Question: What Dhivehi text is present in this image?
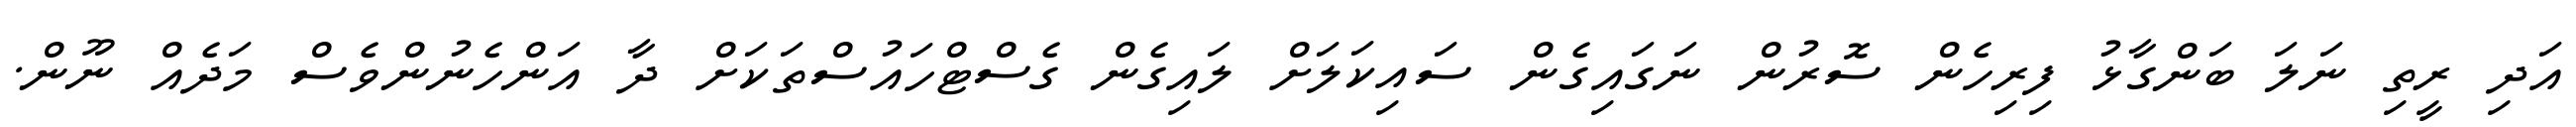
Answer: އަދި ރީތި ނަލަ ބަންގާޅު ފިރިހެން ސޮރުން ނަގައިގެން ސައިކަލަށް ލައިގެން ގެސްޓްހައުސްތަކަށް ދާ އަންހެނުންވެސް މަދެއް ނޫން.